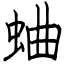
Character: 蛐